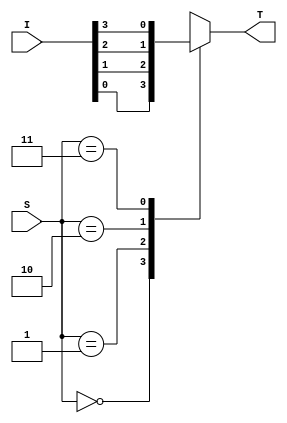
module MUX4x1_Case ( input [3:0] I,
					 input [1:0] S,
					 output reg T);

always @ (*) //Escoge que valor mostrar en la entrada dependiendo de 2 bits de el vector S
	case (S)
		2'd0 : T = I[0];
		2'd1 : T = I[1];
		2'd2 : T = I[2];
		2'd3 : T = I[3];
	endcase
endmodule